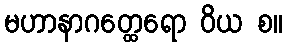
မဟာနာဂတ္ထေရော ဝိယ စ။